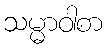
သမ္မာဝါစာ